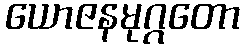
ယောဇနမုဂ္ဂတော